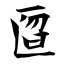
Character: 匫